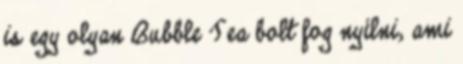
is egy olyan Bubble Tea bolt fog nyílni, ami